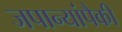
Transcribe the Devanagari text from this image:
जपान्यांपैकी